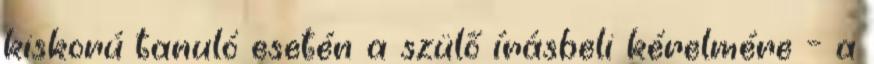
kiskorú tanuló esetén a szülő írásbeli kérelmére – a